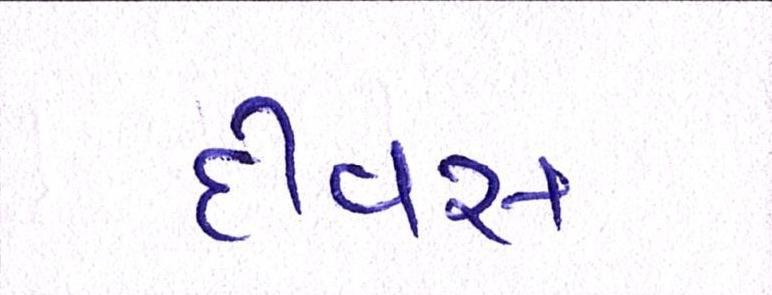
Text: દીવસ